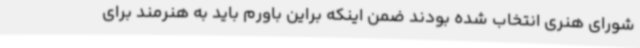
شورای هنری انتخاب شده بودند ضمن اینکه براین باورم باید به هنرمند برای